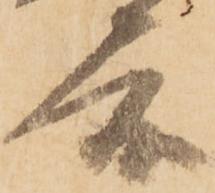
度